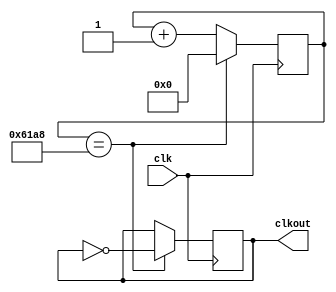
module Clk_Divider(clk,clkout);

input clk;

output clkout; 

reg clkout; 

reg [15:0]counter;

parameter n=25000;

always @(posedge clk)
	begin 
		if (counter == n)
			begin 
	        clkout=~clkout;
			  counter=0;
			end 
		else 
			begin
		     counter=counter+1;
			end 
 
	
	end 


endmodule